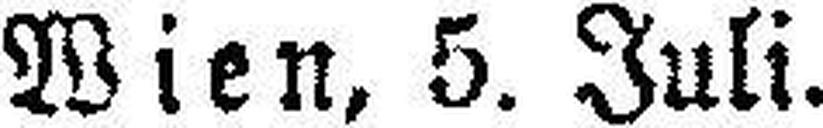
Wien, 5. Juli.